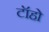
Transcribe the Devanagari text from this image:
टॉहो